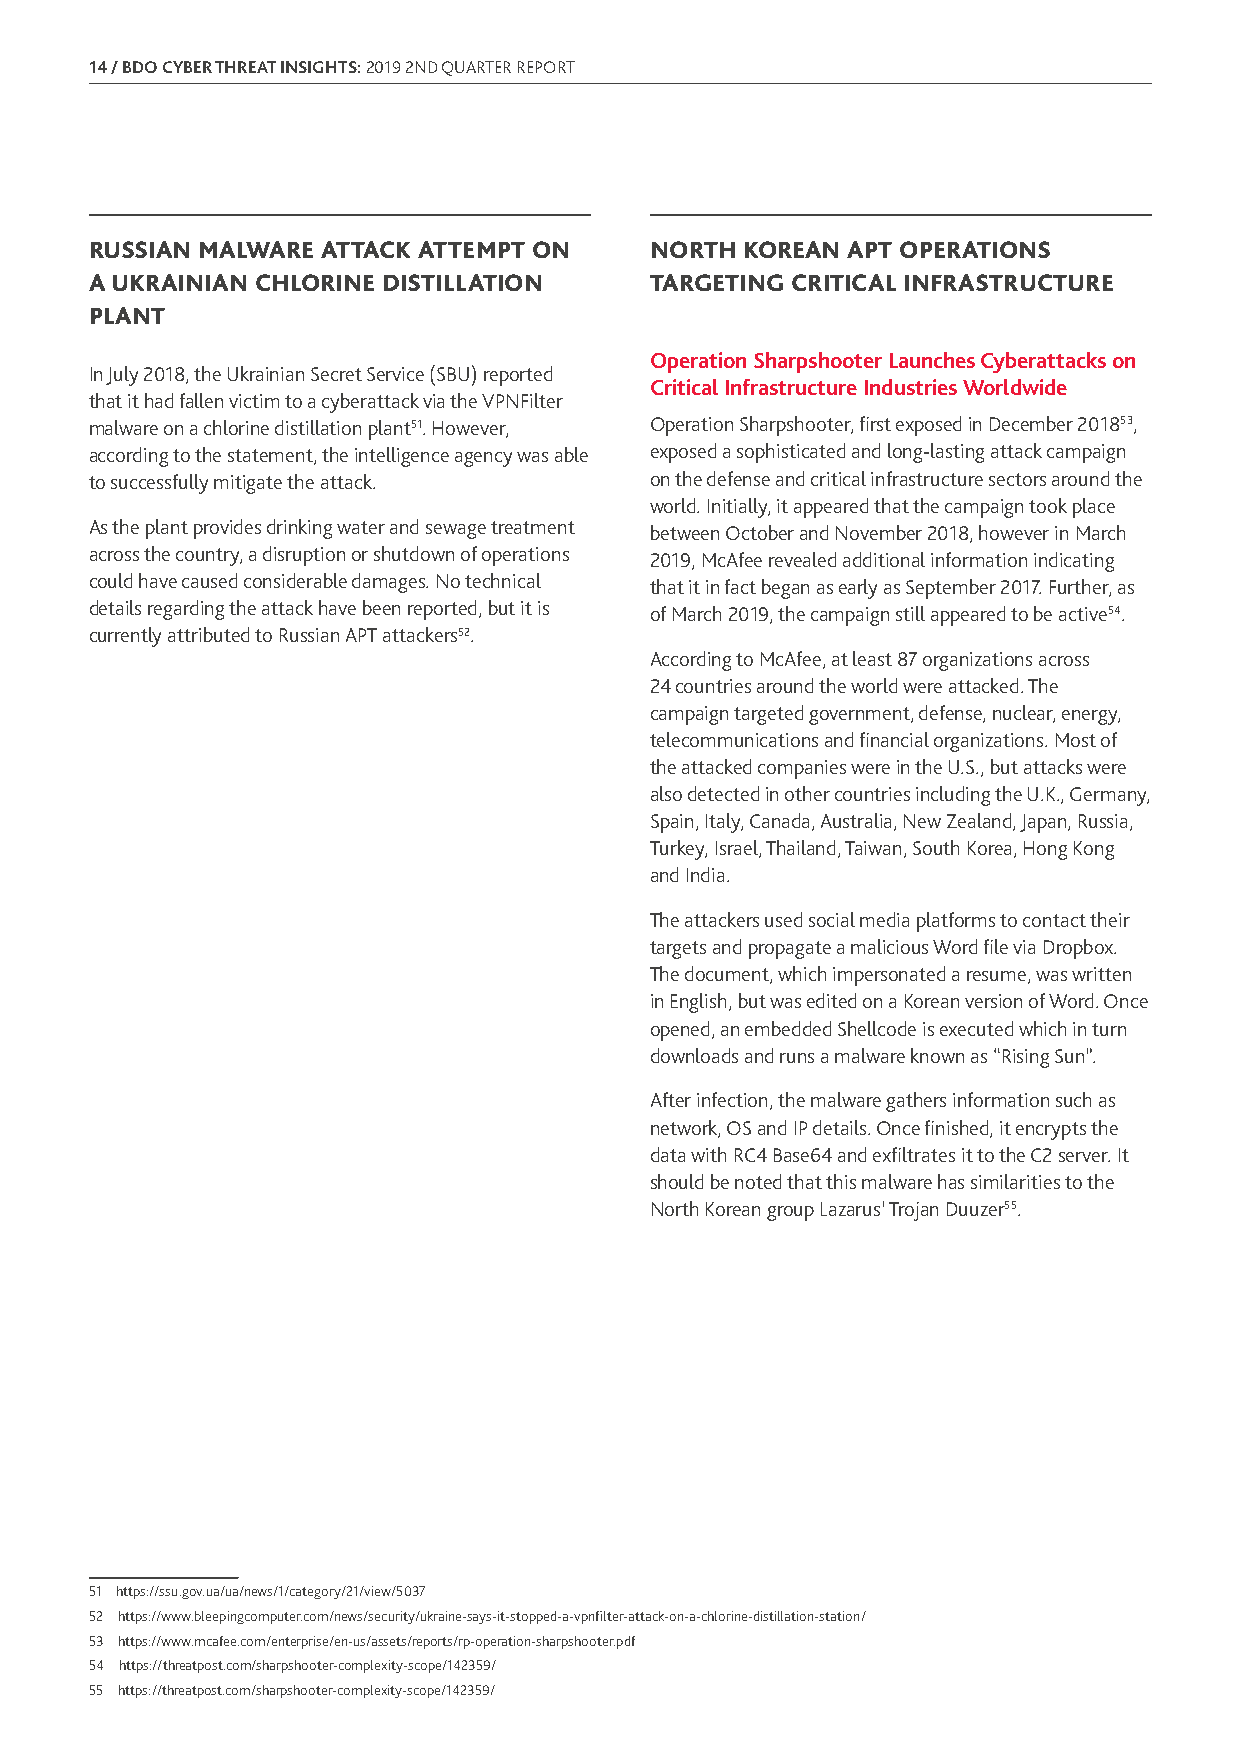
14 / BDO CYBER THREAT INSIGHTS: 2019 2ND QUARTER REPORT
 RUSSIAN MALWARE ATTACK ATTEMPT ON    NORTH KOREAN APT OPERATIONS
 A UKRAINIAN CHLORINE DISTILLATION    TARGETING CRITICAL INFRASTRUCTURE
 PLANT
 Operation Sharpshooter Launches Cyberattacks on
 In July 2018, the Ukrainian Secret Service (SBU) reported
 Critical Infrastructure Industries Worldwide
 that it had fallen victim to a cyberattack via the VPNFilter
 malware on a chlorine distillation plant51. However, Operation Sharpshooter, first exposed in December 201853,
 according to the statement, the intelligence agency was able exposed a sophisticated and long-lasting attack campaign
 to successfully mitigate the attack. on the defense and critical infrastructure sectors around the
 world. Initially, it appeared that the campaign took place
 As the plant provides drinking water and sewage treatment between October and November 2018, however in March
 across the country, a disruption or shutdown of operations 2019, McAfee revealed additional information indicating
 could have caused considerable damages. No technical that it in fact began as early as September 2017. Further, as
 details regarding the attack have been reported, but it is of March 2019, the campaign still appeared to be active54.
 currently attributed to Russian APT attackers52.
 According to McAfee, at least 87 organizations across
 24 countries around the world were attacked. The
 campaign targeted government, defense, nuclear, energy,
 telecommunications and financial organizations. Most of
 the attacked companies were in the U.S., but attacks were
 also detected in other countries including the U.K., Germany,
 Spain, Italy, Canada, Australia, New Zealand, Japan, Russia,
 Turkey, Israel, Thailand, Taiwan, South Korea, Hong Kong
 and India.
 The attackers used social media platforms to contact their
 targets and propagate a malicious Word file via Dropbox.
 The document, which impersonated a resume, was written
 in English, but was edited on a Korean version of Word. Once
 opened, an embedded Shellcode is executed which in turn
 downloads and runs a malware known as “Rising Sun”.
 After infection, the malware gathers information such as
 network, OS and IP details. Once finished, it encrypts the
 data with RC4 Base64 and exfiltrates it to the C2 server. It
 should be noted that this malware has similarities to the
 North Korean group Lazarus’ Trojan Duuzer55.
 51 https://ssu.gov.ua/ua/news/1/category/21/view/5037
 52 https://www.bleepingcomputer.com/news/security/ukraine-says-it-stopped-a-vpnfilter-attack-on-a-chlorine-distillation-station/
 53 https://www.mcafee.com/enterprise/en-us/assets/reports/rp-operation-sharpshooter.pdf
 54 https://threatpost.com/sharpshooter-complexity-scope/142359/
 55 https://threatpost.com/sharpshooter-complexity-scope/142359/